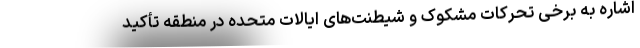
اشاره به برخی تحرکات مشکوک و شیطنت‌های ایالات متحده در منطقه تأکید